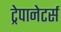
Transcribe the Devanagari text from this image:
ट्रेपानेटर्स